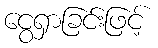
ငွေရှာခြင်းဖြင့်